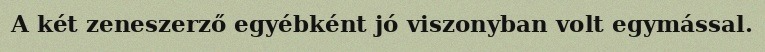
A két zeneszerző egyébként jó viszonyban volt egymással.